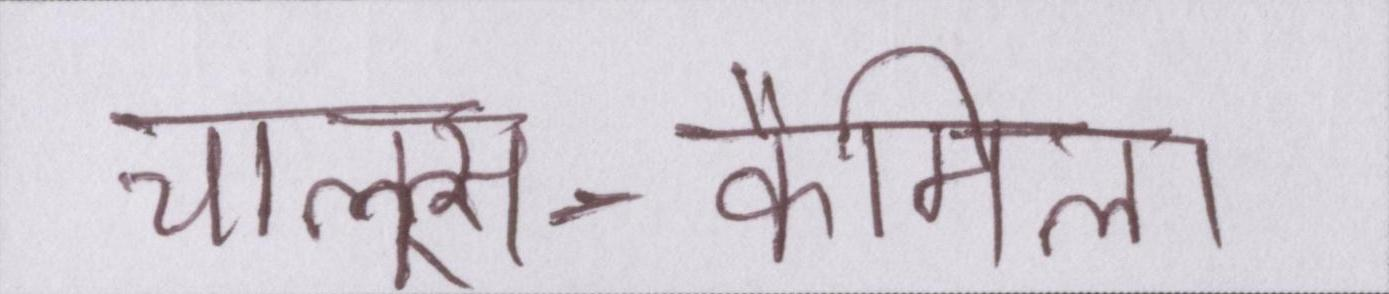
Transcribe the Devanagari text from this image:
चाल्र्स-कैमिला